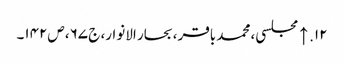
۱۲. ↑ مجلسی، محمد باقر، بحار الانوار، ج‌ ۶۷، ص‌۱۴۲۔